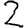
Digit: 2